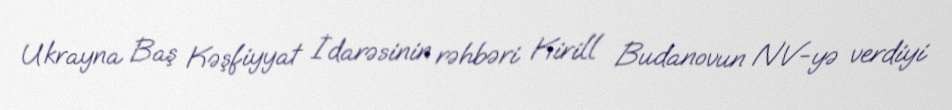
Ukrayna Baş Kəşfiyyat İdarəsinin rəhbəri Kirill Budanovun NV-yə verdiyi